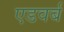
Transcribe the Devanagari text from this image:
एडवर्ब